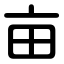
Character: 亩